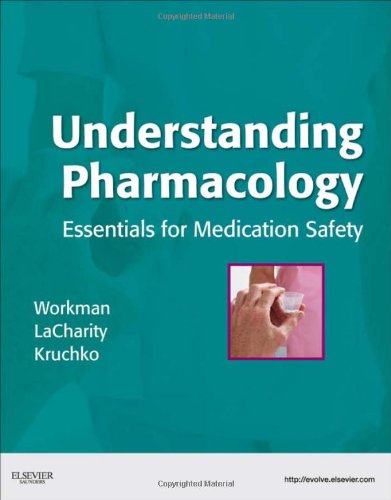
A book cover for Understanding Pharmacology: Essentials for Medication Safety, 1e; M. Linda Workman PhD  RN  FAAN; Medical Books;